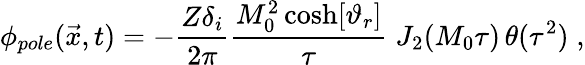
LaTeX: \phi_{pole}({\vec{x}},t)=-{\frac{Z\delta_{i}}{2\pi}}{\frac{M_{0}^{2}\cosh[\vartheta_{r}]}{\tau}}\; J_{2}(M_{0}\tau)\, \theta(\tau^{2})\; ,